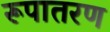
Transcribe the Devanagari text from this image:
रूपातरण